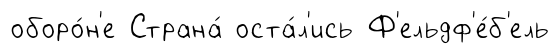
оборо́н'е Страна́ оста́л'ись Ф'ельдф'е́б'ель